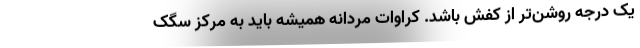
یک درجه روشن‌تر از کفش باشد. کراوات مردانه همیشه باید به مرکز سگک